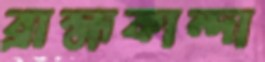
ব্রাহ্মকান্দা